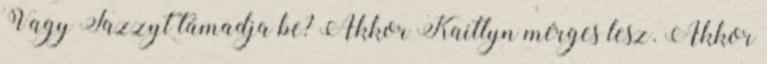
Vagy Fazzyt támadja be? Akkor Kaitlyn mérges lesz. Akkor